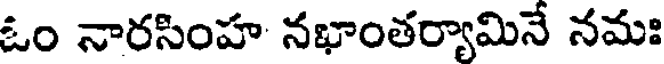
ఓం నారసింహ నభాంతర్యామినే నమః